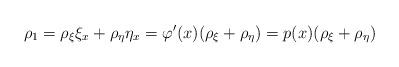
LaTeX: \begin{align*}\rho_{1}=\rho_{\xi} \xi_x+\rho_{\eta} \eta_x=\varphi'(x)(\rho_{\xi}+\rho_{\eta})=p(x)(\rho_{\xi}+\rho_{\eta})\end{align*}